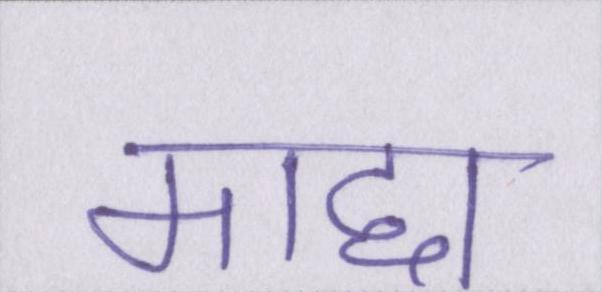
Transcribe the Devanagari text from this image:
माद्दा